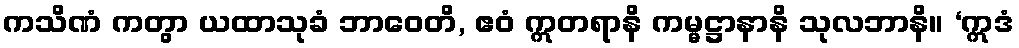
ကသိဏံ ကတွာ ယထာသုခံ ဘာဝေတိ, ဧဝံ ဣတရာနိ ကမ္မဋ္ဌာနာနိ သုလဘာနိ။ ‘ဣဒံ